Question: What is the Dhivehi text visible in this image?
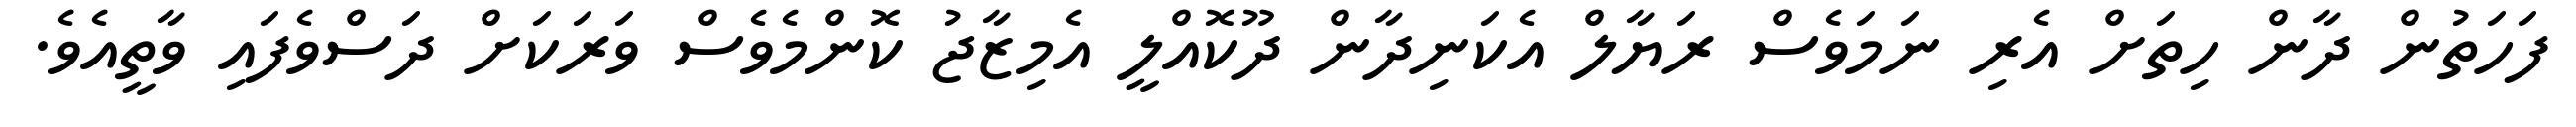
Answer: ފަހަތުން ދާން ހިތަށް އެރި ނަމަވެސް ރަޔާލް އެކަނިދާން ދޫކޮއްލީ އެމިޒާޖު ކޮންމެވެސް ވަރަކަށް ދަސްވެފައި ވާތީއެވެ.